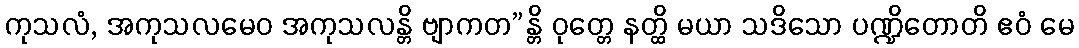
ကုသလံ, အကုသလမေဝ အကုသလန္တိ ဗျာကတ”န္တိ ဝုတ္တေ နတ္ထိ မယာ သဒိသော ပဏ္ဍိတောတိ ဧဝံ မေ